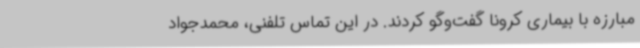
مبارزه با بیماری کرونا گفت‌وگو کردند. در این تماس تلفنی، محمدجواد